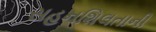
સહનશિલતાની